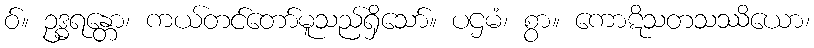
ဝ်။ ဥဒ္ဓရန္တော၊ ကယ်တင်တော်မူသည်ရှိသော်။ ပဌမံ၊ စွာ။ ကောဋိသတသဿိယော၊